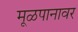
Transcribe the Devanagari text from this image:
मूळपानावर